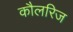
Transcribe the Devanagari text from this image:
कौलरिज